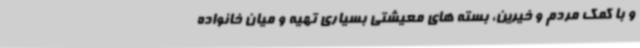
و با کمک مردم و خیرین، بسته های معیشتی بسیاری تهیه و میان خانواده